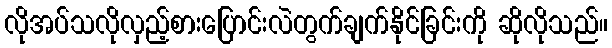
လိုအပ်သလိုလှည့်စားပြောင်းလဲတွက်ချက်နိုင်ခြင်းကို ဆိုလိုသည်။